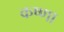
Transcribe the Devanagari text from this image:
कष्णा